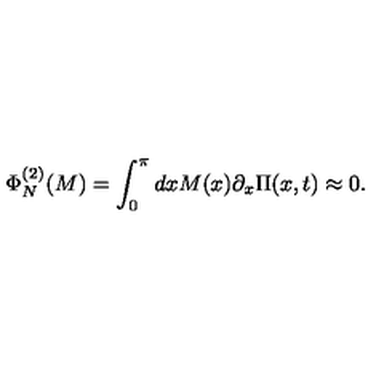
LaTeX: \Phi _ { N } ^ { ( 2 ) } ( M ) = \int _ { 0 } ^ { \pi } d x M ( x ) \partial _ { x } \Pi ( x , t ) \approx 0 .